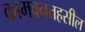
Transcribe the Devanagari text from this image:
कामवनतहसील